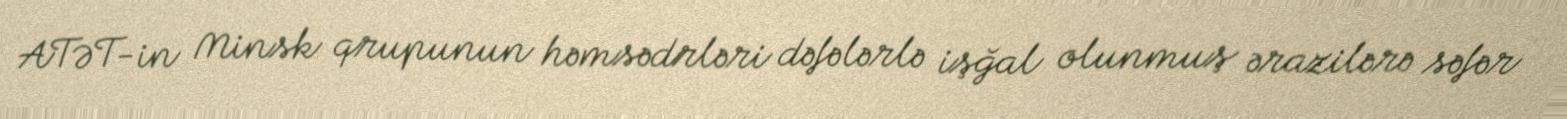
ATƏT-in Minsk qrupunun həmsədrləri dəfələrlə işğal olunmuş ərazilərə səfər